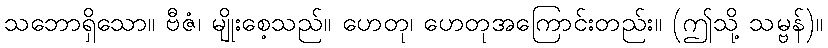
သဘောရှိသော။ ဗီဇံ၊ မျိုးစေ့သည်။ ဟေတု၊ ဟေတုအကြောင်းတည်း။ (ဤသို့ သမ္ဗန်)။